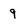
Character: 9